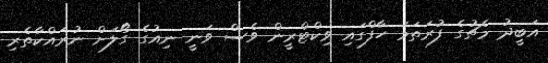
އަބީދު މެޗުގެ ފުރަތަމަ ހާފްގައި ވިކްޓްރީން ވެސް ވަނީ ނިއުގެ ގޯލަށް ނުރައްކާތެރި